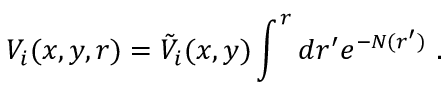
V _ { i } ( x , y , r ) = \tilde { V } _ { i } ( x , y ) \int ^ { r } d r ^ { \prime } e ^ { - N ( r ^ { \prime } ) } ~ .